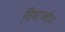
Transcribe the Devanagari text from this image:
विषाण्वीय